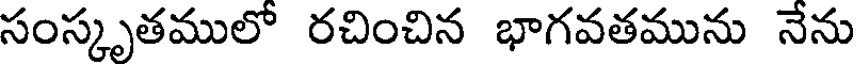
సంస్కృతములో రచించిన భాగవతమును నేను